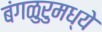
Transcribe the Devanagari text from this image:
बंगळुरुमध्ये